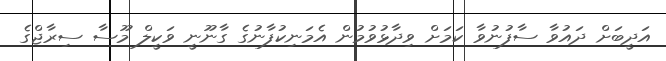
އަދީބަށް ދައުވާ ސާފުނުވާ ކަމަށް ވިދާޅުވުމުން އެމަނިކުފާނުގެ ގާނޫނީ ވަކީލް މޫސާ ސިރާޖްގެ